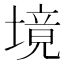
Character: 境